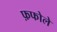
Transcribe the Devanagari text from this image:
फ़फोले